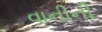
વાનીની